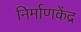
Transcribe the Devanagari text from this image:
निर्माणकेंद्र